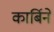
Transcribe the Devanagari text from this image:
कार्बिने